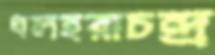
ধলহরাচন্দ্র